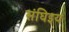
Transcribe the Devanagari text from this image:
संघिइय